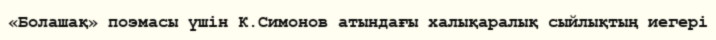
«Болашақ» поэмасы үшін К.Симонов атындағы халықаралық сыйлықтың иегері